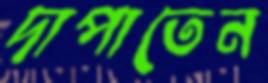
দাপাতেন